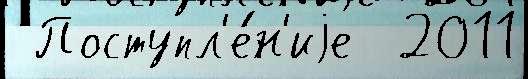
 Поступл'е́н'иjе  2011